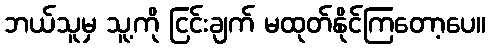
ဘယ်သူမှ သူ့ကို ငြင်းချက် မထုတ်နိုင်ကြတော့ပေ။